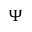
\Psi